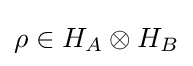
\rho \in H_{A}\otimes H_{B}